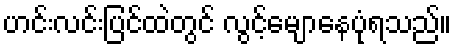
ဟင်းလင်းပြင်ထဲတွင် လွင့်မျောနေပုံရသည်။